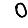
Digit: 0